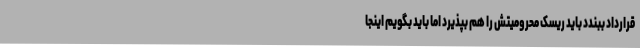
قرارداد ببندد باید ریسک محرومیتش را هم بپذیرد اما باید بگویم اینجا